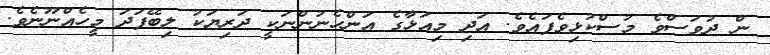
ން ދުވަސްވެ މުސްކުޅިވެފައެވެ. އަދި މިއަޅާގެ އަންހެނުންނަކީ ދަރިޔަކު ލިބޭފަދަ މީހެއްނޫނެވެ.